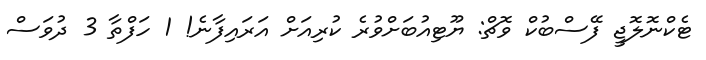
ޓެކްނޮލޮޖީ ފޭސްބުކް ވޮޗް: ޔޫޓިއުބަށްވުރެ ކުރިއަށް އަރައިފާނެ! 1 ހަފްތާ 3 ދުވަސް